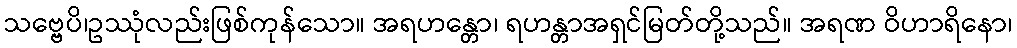
သဗ္ဗေပိ၊ဥဿုံလည်းဖြစ်ကုန်သော။ အရဟန္တော၊ ရဟန္တာအရှင်မြတ်တို့သည်။ အရဏ ဝိဟာရိနော၊